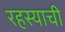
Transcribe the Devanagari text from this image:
रहस्याची